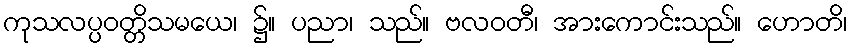
ကုသလပ္ပဝတ္တိသမယေ၊ ၌။ ပညာ၊ သည်။ ဗလဝတီ၊ အားကောင်းသည်။ ဟောတိ၊